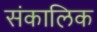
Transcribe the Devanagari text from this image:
संकालिक